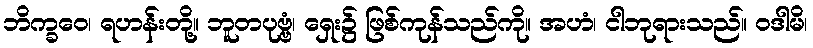
ဘိက္ခဝေ၊ ရဟန်းတို့။ ဘူတပုဗ္ဗံ၊ ရှေး၌ ဖြစ်ကုန်သည်ကို။ အဟံ၊ ငါဘုရားသည်။ ဝဒါမိ၊